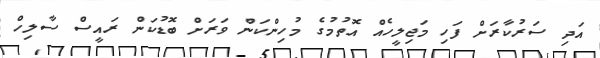
އަދި ސަރުކާރަށް ފަހި މަޖިލީހެއް އޮތުމުގެ މުހިންކަން ވަރަށް ބޮޑުކަން ރައީސް ސާލިހް